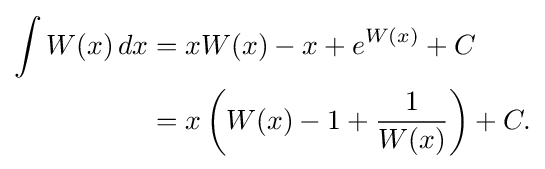
{\begin{aligned}\int W(x)\,dx&=xW(x)-x+e^{W(x)}+C\\&=x\left(W(x)-1+{\frac {1}{W(x)}}\right)+C.\end{aligned}}